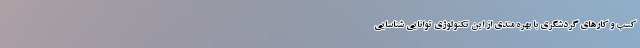
کسب و کار‌های گردشگری با بهره مندی از این تکنولوژی توانایی شناسایی